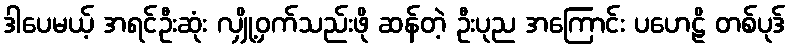
ဒါပေမယ့် အရင်ဦးဆုံး လျှို့ဝှက်သည်းဖို ဆန်တဲ့ ဦးပုည အကြောင်း ပဟေဠိ တစ်ပုဒ်